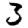
Digit: 3